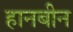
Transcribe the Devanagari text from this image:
हानबीन